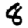
Digit: 8